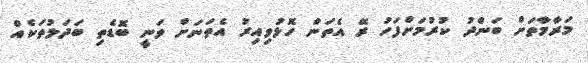
މަރާމާތަށް ބަންދު ކުރުމަށްފަހު ރޭ އެތަން ހޮޅުވިއިރު އެތަނަށް ވަނީ ބޮޑެތި ބަދަލުތަކެއް